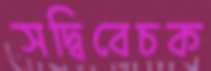
সদ্বিবেচক